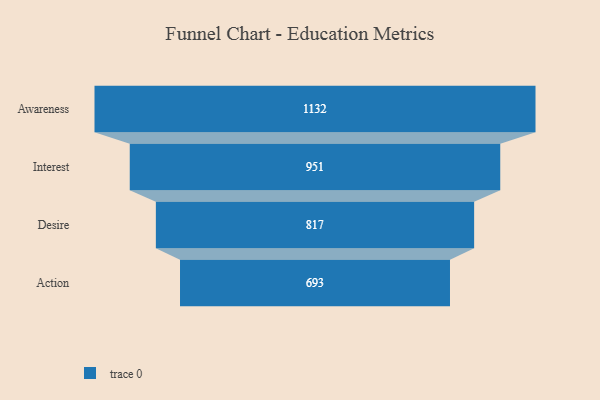
{"axis": {"x": "Stage", "y": "Value"}, "legend": [""], "data": [{"x": "Awareness", "y": 1132.0, "type": ""}, {"x": "Interest", "y": 951.0, "type": ""}, {"x": "Desire", "y": 817.0, "type": ""}, {"x": "Action", "y": 693.0, "type": ""}]}